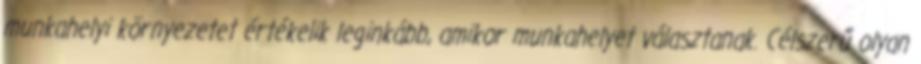
munkahelyi környezetet értékelik leginkább, amikor munkahelyet választanak. Célszerű olyan